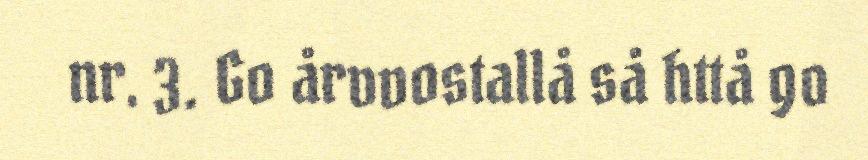
nr. 3. Go årvvostallå så httå go